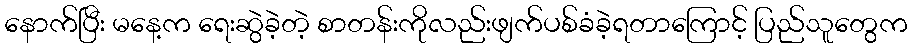
နောက်ပြီး မနေ့က ရေးဆွဲခဲ့တဲ့ စာတန်းကိုလည်းဖျက်ပစ်ခံခဲ့ရတာကြောင့် ပြည်သူတွေက